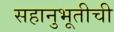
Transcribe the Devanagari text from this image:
सहानुभूतीची